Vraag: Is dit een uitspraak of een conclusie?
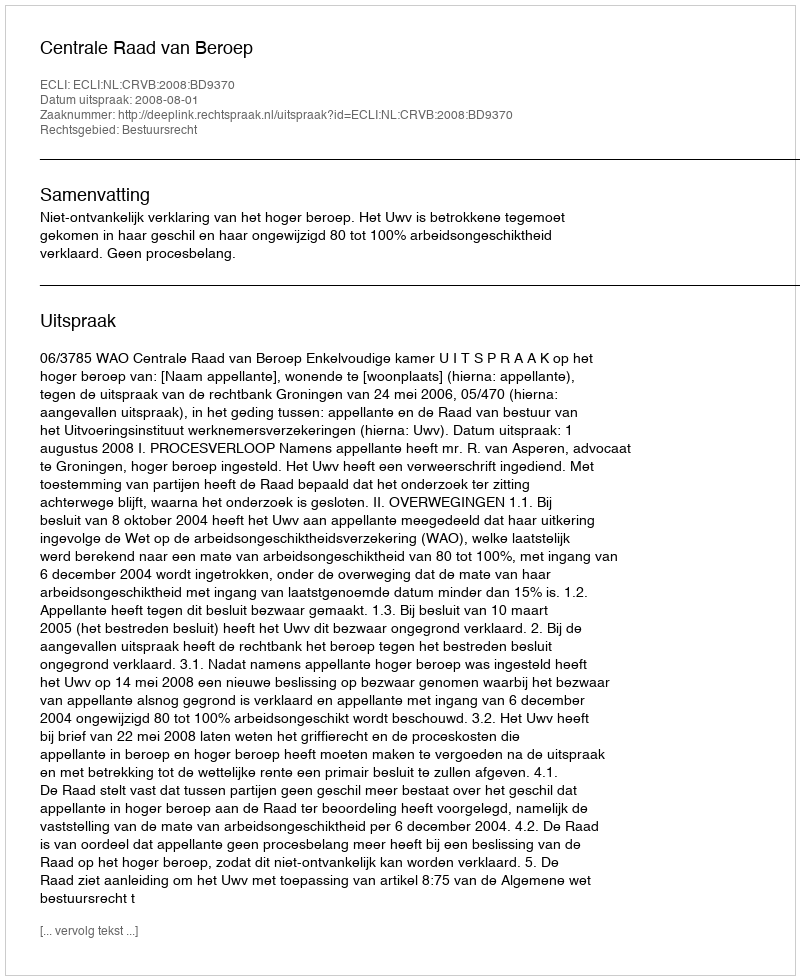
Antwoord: Uitspraak